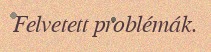
Felvetett problémák.